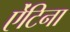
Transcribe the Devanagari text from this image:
ऐंटिना